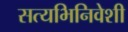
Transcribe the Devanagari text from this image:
सत्यभिनिवेशी